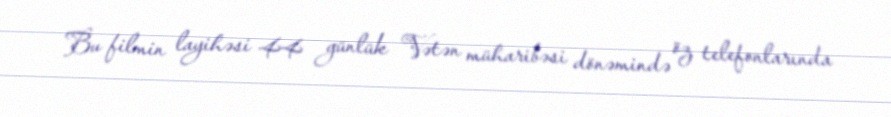
Bu filmin layihəsi 44 günlük Vətən müharibəsi dönəmində öz telefonlarında